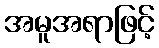
အမူအရာဖြင့်